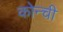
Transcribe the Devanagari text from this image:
कोन्ची